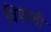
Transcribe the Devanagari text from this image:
विपाली